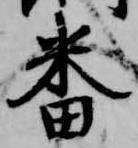
番